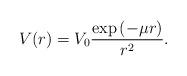
LaTeX: \begin{align*} V(r) = V_0 \frac{\exp{(-\mu r)}}{r^2}.\end{align*}